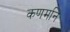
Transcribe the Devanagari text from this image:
कणमनि